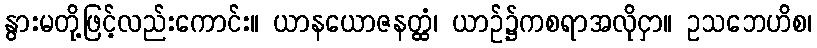
နွားမတို့ဖြင့်လည်းကောင်း။ ယာနယောဇနတ္ထံ၊ ယာဉ်၌ကစရာအလိုငှာ။ ဥသဘေဟိစ၊